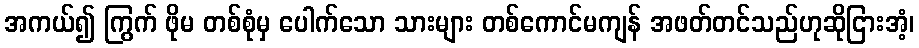
အကယ်၍ ကြွက် ဖိုမ တစ်စုံမှ ပေါက်သော သားများ တစ်ကောင်မကျန် အဖတ်တင်သည်ဟုဆိုငြားအံ့၊